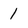
Character: 1